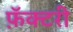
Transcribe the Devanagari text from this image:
फ़ॅक्टरी